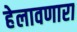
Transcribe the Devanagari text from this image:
हेलावणारा